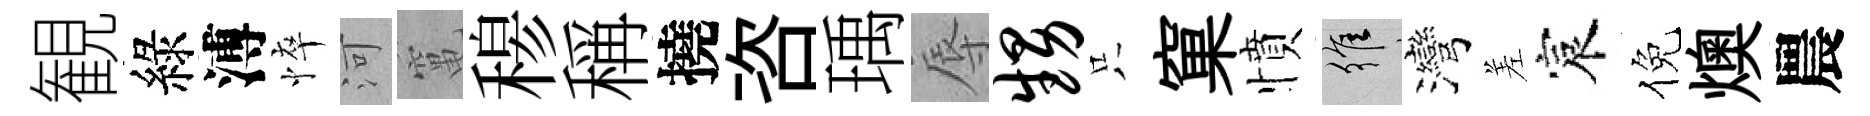
観綠溥悴河𥧄𥠇稱撓咨瑀辱甥只窠憤維灣差宸倪燠農